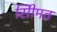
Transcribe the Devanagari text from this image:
सीिमत